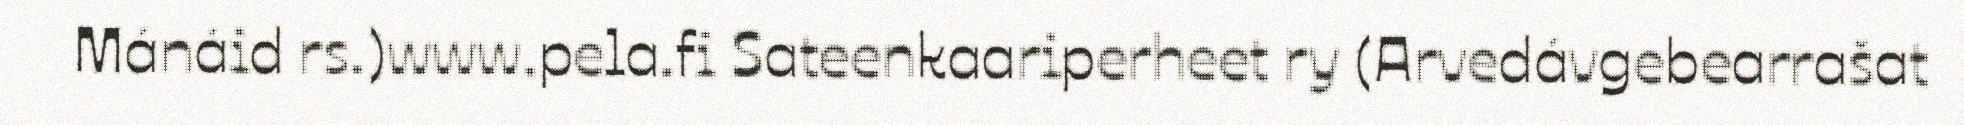
Mánáid rs.)www.pela.fi Sateenkaariperheet ry (Arvedávgebearrašat